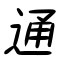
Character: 通